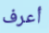
أعرف